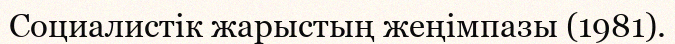
Социалистік жарыстың жеңімпазы (1981).